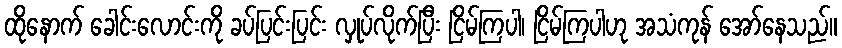
ထိုနောက် ခေါင်းလောင်းကို ခပ်ပြင်းပြင်း လှုပ်လိုက်ပြီး ငြိမ်ကြပါ၊ ငြိမ်ကြပါဟု အသံကုန် အော်နေသည်။